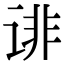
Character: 诽